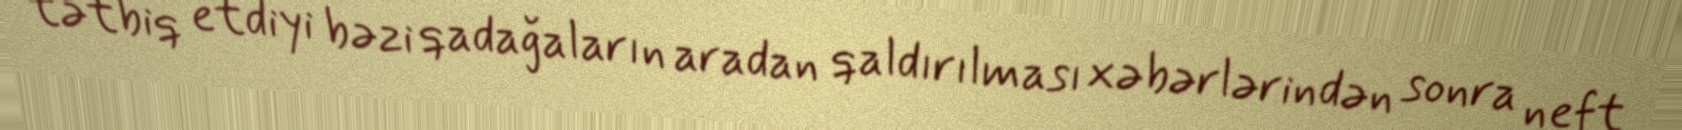
tətbiq etdiyi bəzi qadağaların aradan qaldırılması xəbərlərindən sonra neft